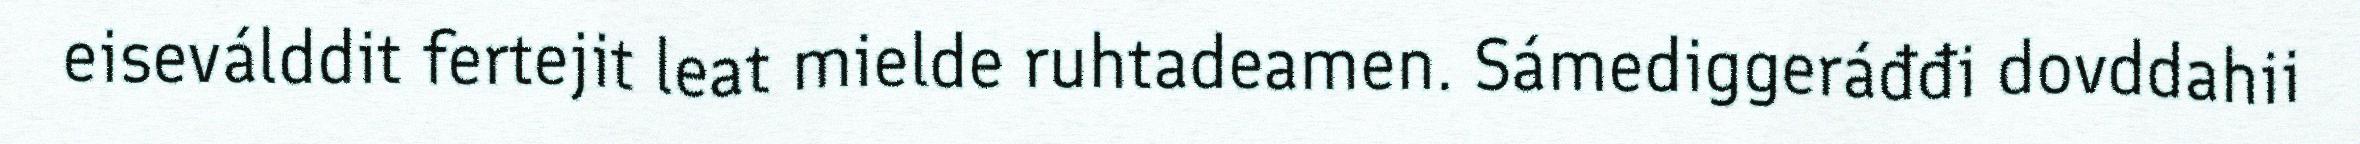
eiseválddit fertejit leat mielde ruhtadeamen. Sámediggeráđđi dovddahii